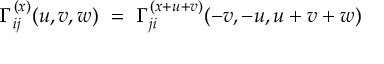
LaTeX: { \Gamma } _ { i j } ^ { ( x ) } ( u , v , w ) \ = \ { \Gamma } _ { j i } ^ { ( x + u + v ) } ( - v , - u , u + v + w )